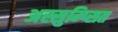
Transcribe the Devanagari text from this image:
अस्सुम्प्सित